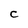
Character: C